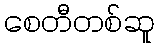
စေတီတစ်ဆူ